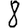
Digit: 8